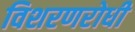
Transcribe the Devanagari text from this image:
विशरणरोधी